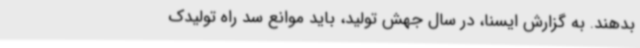
بدهند. به گزارش ایسنا، در سال جهش تولید، باید موانع سد راه تولیدک